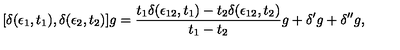
[ \delta ( \epsilon _ { 1 } , t _ { 1 } ) , \delta ( \epsilon _ { 2 } , t _ { 2 } ) ] g = { \frac { t _ { 1 } \delta ( \epsilon _ { 1 2 } , t _ { 1 } ) - t _ { 2 } \delta ( \epsilon _ { 1 2 } , t _ { 2 } ) } { t _ { 1 } - t _ { 2 } } } g + \delta ^ { \prime } g + \delta ^ { \prime \prime } g ,